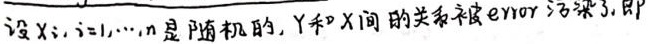
设$X_i, i = 1, \cdots, n$是随机的, $Y$和$X$间的关系被error污染了,即